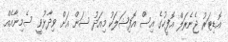
އޮޑިޓަރު ޖެނެރަލް އޮފީހުގެ އިސް އޮފިޝަލަކު މިއަދު ސަން އަށް ވިދާޅުވީ ސެމިނާއެއް